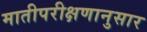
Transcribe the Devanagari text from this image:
मातीपरीक्षणानुसार